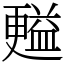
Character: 㬲